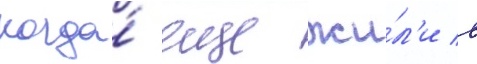
когда́ еще жи́л'и в